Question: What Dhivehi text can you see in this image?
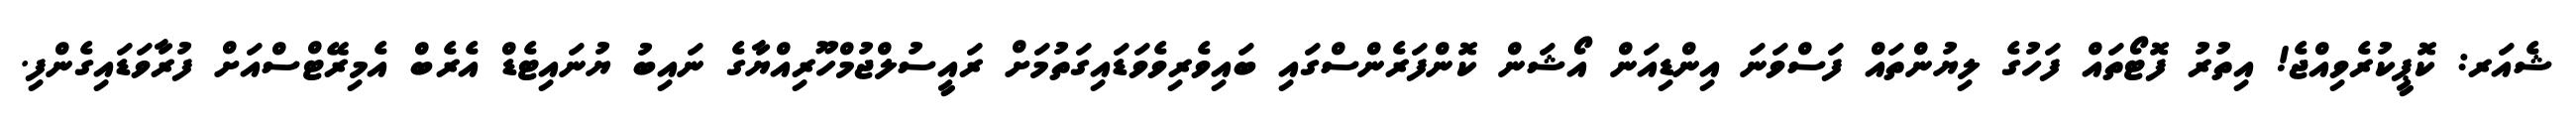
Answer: ޝެއަރ: ކޮޕީކުރެވިއްޖެ! އިތުރު ފޮޓޯތައް ފަހުގެ ލިޔުންތައް ފަސްވަނަ އިންޑިއަން އޯޝަން ކޮންފަރެންސްގައި ބައިވެރިވެވަޑައިގަތުމަށް ރައީސުލްޖުމްހޫރިއްޔާގެ ނައިބު ޔުނައިޓެޑް އެރެބް އެމިރޭޓްސްއަށް ފުރާވަޑައިގެންފި.